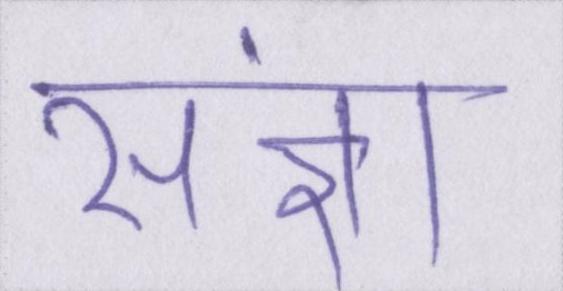
संज्ञा